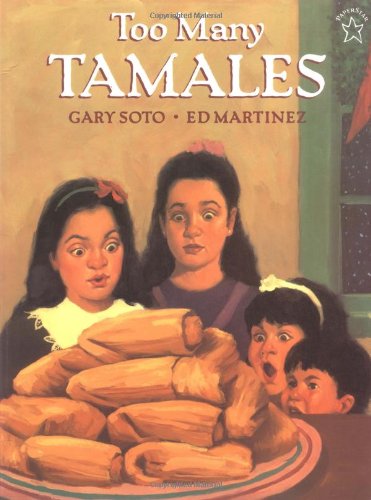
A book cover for Too Many Tamales; Gary Soto; Children's Books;